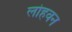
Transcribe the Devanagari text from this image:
लोहवन